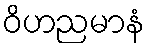
ဝိဟညမာနံ